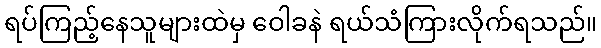
ရပ်ကြည့်နေသူများထဲမှ ဝေါခနဲ ရယ်သံကြားလိုက်ရသည်။